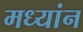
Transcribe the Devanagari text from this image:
मध्यांन